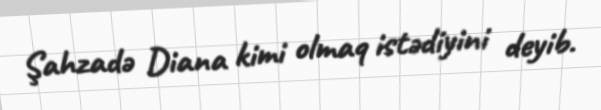
Şahzadə Diana kimi olmaq istədiyini deyib.